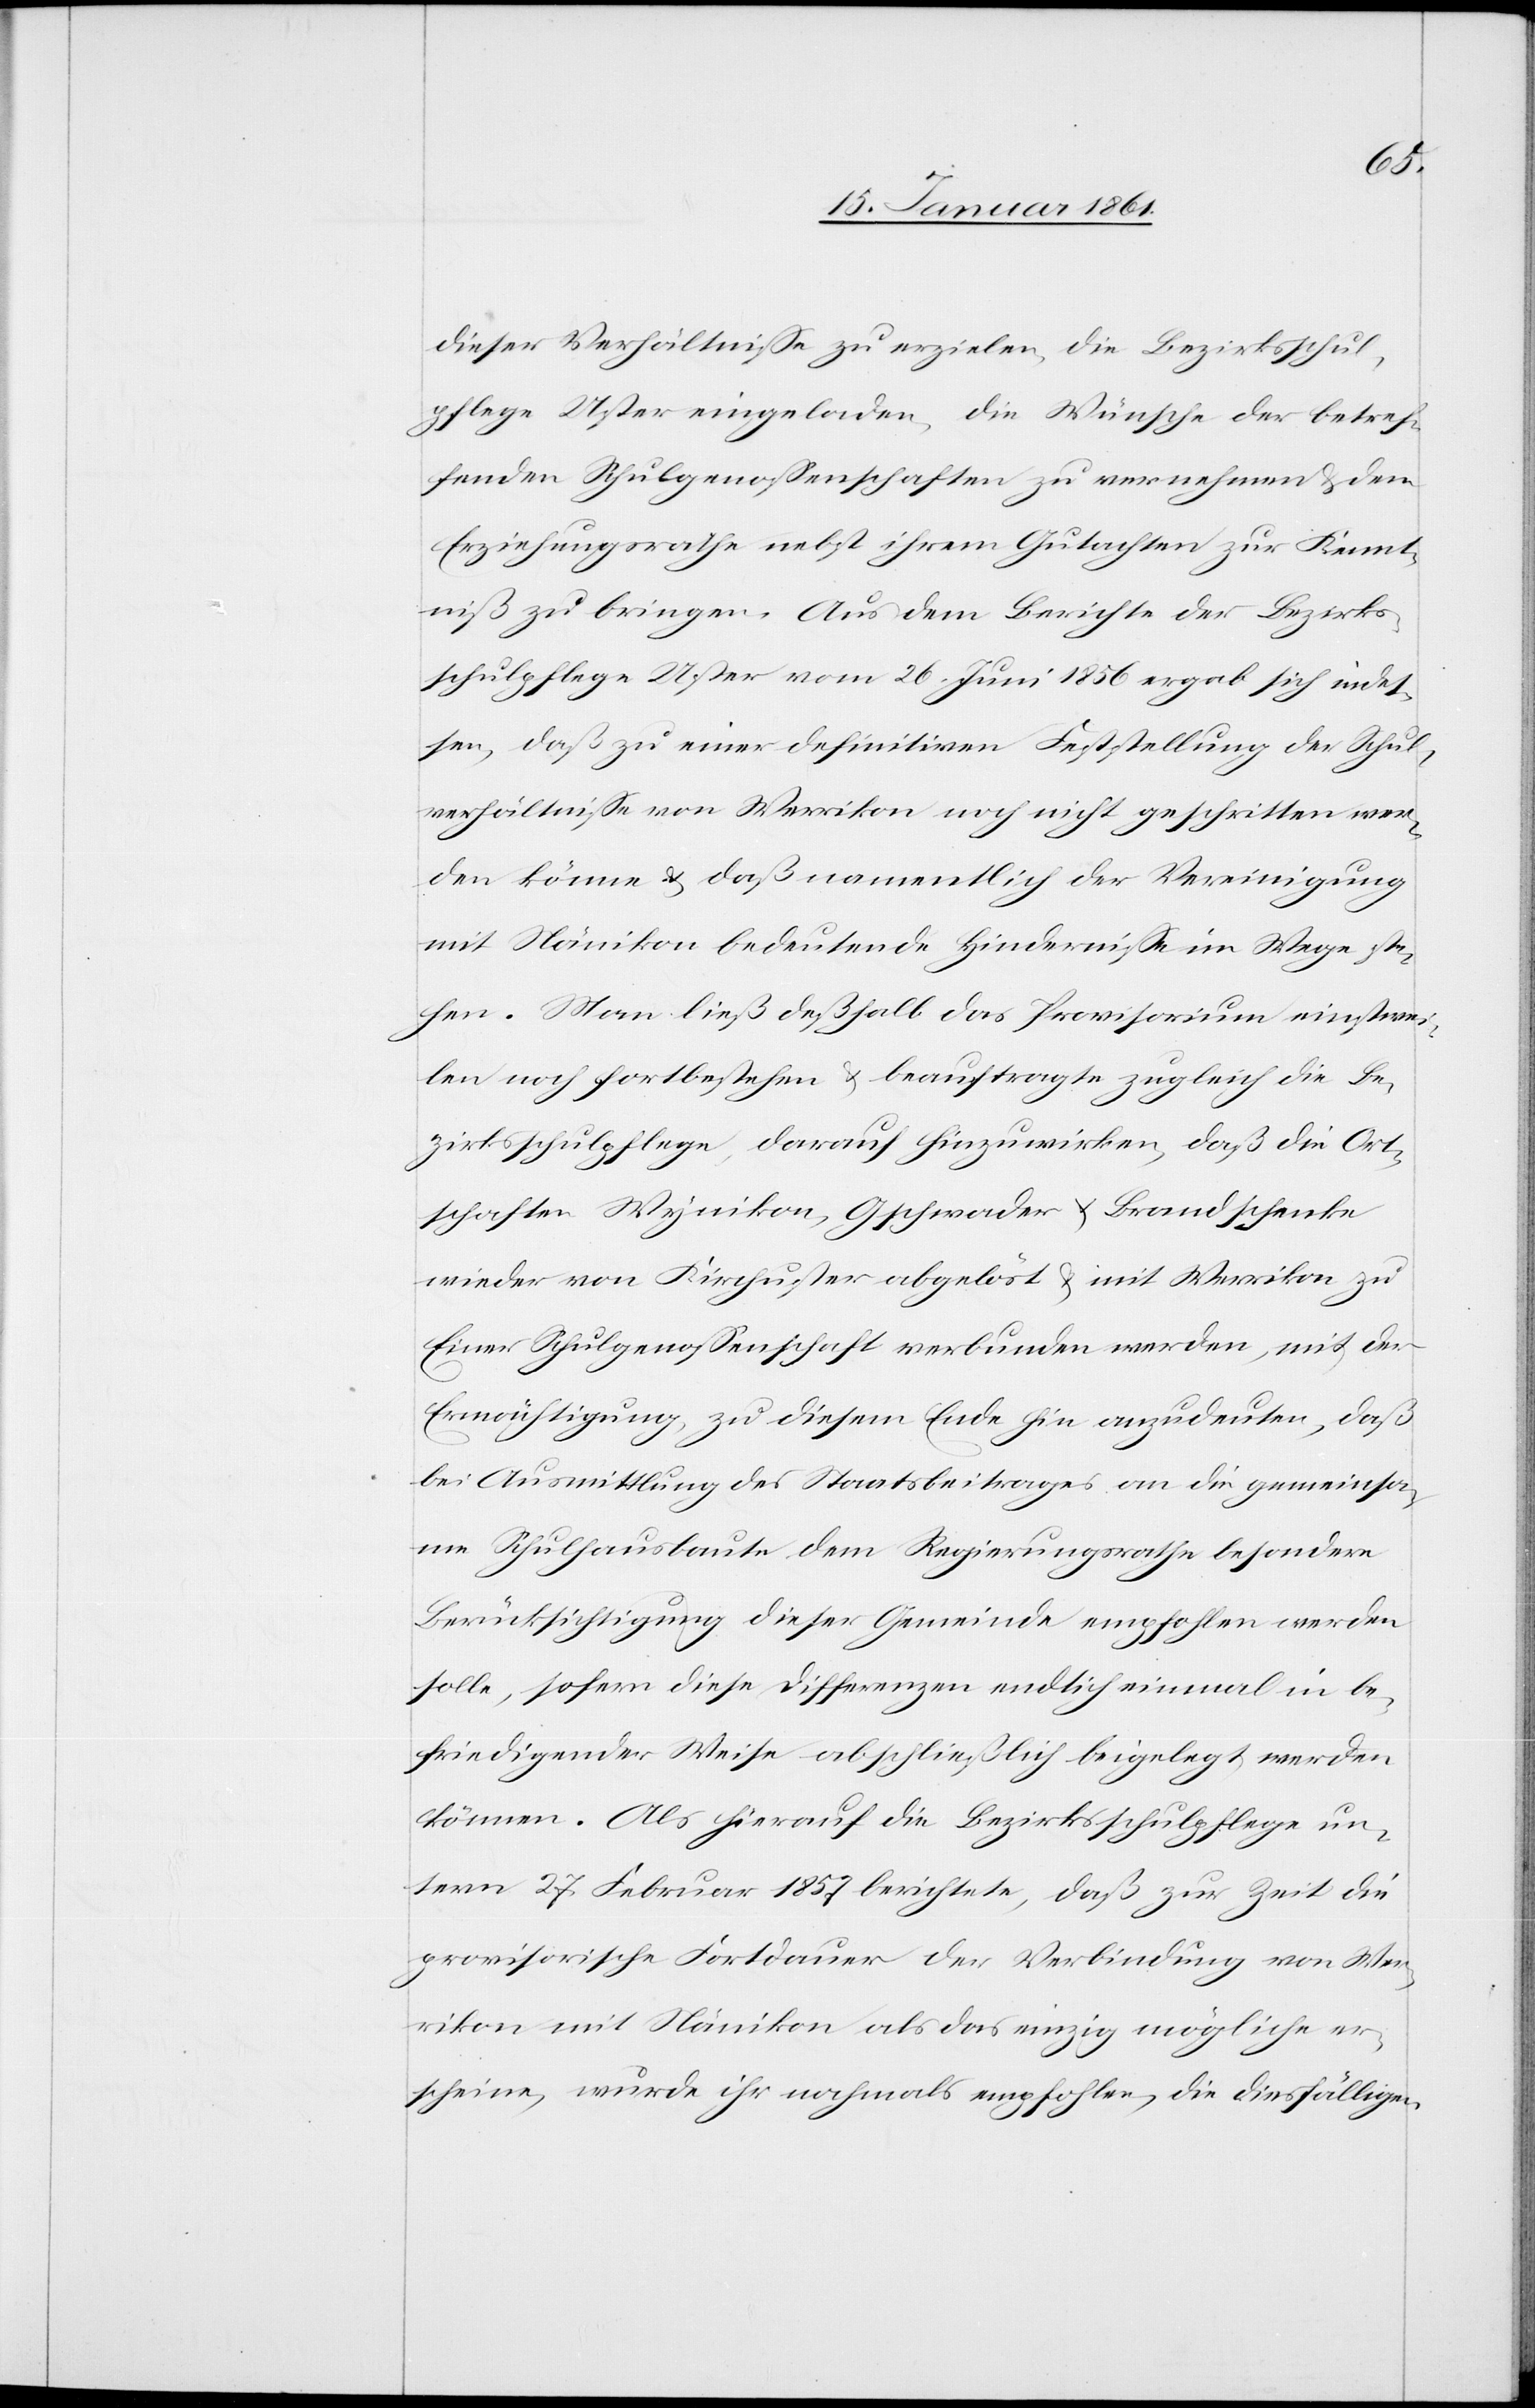
dieser Verhältnisse zu erzielen, die Bezirksschul¬
pflege Uster eingeladen, die Wünsche der betref¬
fenden Schulgenossenschaften zu vernehmen u. dem
Erziehungsrathe nebst ihrem Gutachten zur Kennt¬
niß zu bringen. Aus dem Berichte der Bezirks¬
schulpflege Uster vom 26. Juni 1856 ergab sich indes¬
sen, daß zu einer definitiven Feststellung der Schul¬
verhältnisse von Werrikon noch nicht geschritten wer¬
den könne u. daß namentlich der Vereinigung
mit Nänikon bedeutende Hindernisse im Wege ste¬
hen. Man ließ deßhalb das Provisorium einstwei¬
len noch fortbestehen u. beauftragte zugleich die Be¬
zirksschulpflege, darauf hinzuwirken, daß die Ort¬
schaften Wynikon, Gschwader u. Brandschenke
wieder von Kirchuster abgelöst u. mit Wer[r]ikon zu
Einer Schulgenossenschaft verbunden werde, mit der
Ermächtigung, zu diesem Ende hin anzudeuten, daß
bei Ausmittlung des Staatsbeitrages an die gemeinsa¬
me Schulhausbaute dem Regierungsrathe besondere
Berücksichtigung dieser Gemeinde empfohlen werden
solle, sofern diese Differenzen endlich einmal in be¬
friedigender Weise abschließlich beigelegt werden
können. Als hierauf die Bezirksschulpflege un¬
term 27. Februar 1857 berichtete, daß zur Zeit die
provisorische Fortdauer der Verbindung von Wer¬
rikon mit Nänikon als das einzig mögliche er¬
scheine, wurde ihr nochmals empfohlen, die diesfälligen